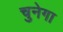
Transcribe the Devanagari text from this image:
चुनेगा